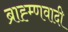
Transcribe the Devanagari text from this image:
ब्राह्म्णवादी